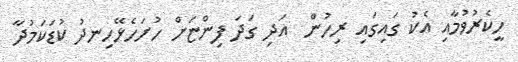
ހީކެރުވުމާއި އެކު ގައިގައި ރިހުން  އަދި ގަދަ ފިންޏަށް ހުށަހެޅޭހިނދު ކުޑަކަމުދާ